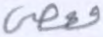
فعصى